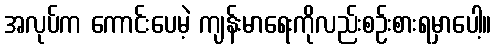
အလုပ်က ကောင်းပေမဲ့ ကျန်းမာရေးကိုလည်းစဉ်းစားရမှာပေါ့။